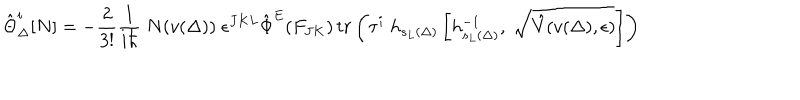
\hat { \Theta } _ { \Delta } ^ { i } [ N ] = - \frac { 2 } { 3 ! } \frac { 1 } { i \hbar } \; N ( v ( \Delta ) ) \; \epsilon ^ { J K L } { \hat { \Phi } } ^ { E } ( F _ { J K } ) \, t r \left( \tau ^ { i } \; h _ { s _ { L } ( \Delta ) } \left[ h _ { s _ { L } ( \Delta ) } ^ { - 1 } , \; \sqrt { \hat { V } ( v ( \Delta ) , \epsilon ) } \right] \right)